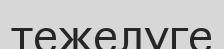
тежелуге